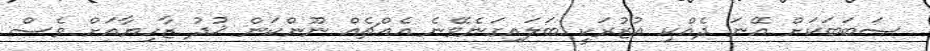
ސަބަބަކަށް އޭނަ ދެއްކި އުޒުރަކީ ބަލައިގަނެވޭނެ އެއްޗެއް ނޫންކަން ޚުދު ޒާހިޔާއަށް ވެސް